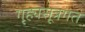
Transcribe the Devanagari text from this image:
गृह्यसूत्रगत